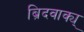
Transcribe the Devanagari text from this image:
ब्रिदवाक्य्